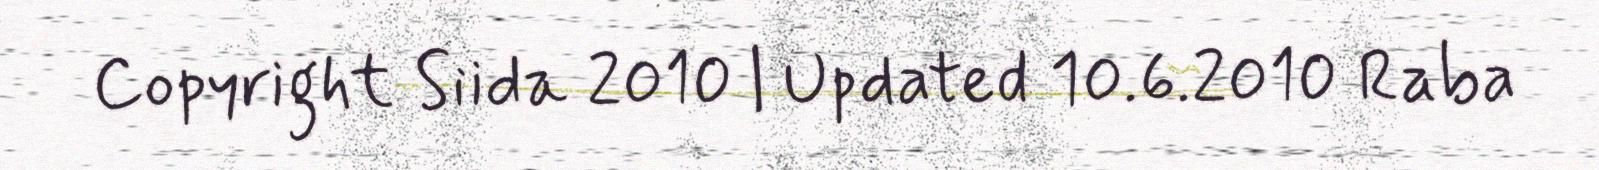
Copyright Siida 2010 | Updated 10.6.2010 Raba